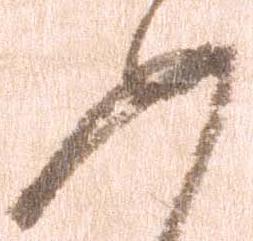
如